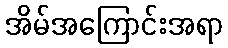
အိမ်အကြောင်းအရာ